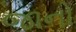
જાનો